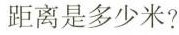
距离是多少米?